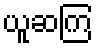
ယူဆကြ